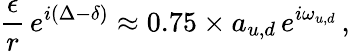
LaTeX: \frac{\epsilon}{r}\, e^{i(\Delta-\delta)}\approx 0.75\times a_{u,d}\, e^{i\omega_{u,d}}\, ,